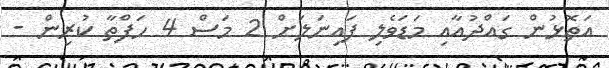
އަތޮޅުން ގައްދުއާއި މަޑަވެލި ފައިނަލަށް 2 މަސް 4 ހަފްތާ ކުރިން -